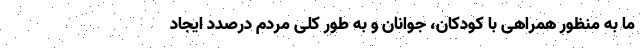
ما به منظور همراهی با کودکان، جوانان و به طور کلی مردم درصدد ایجاد